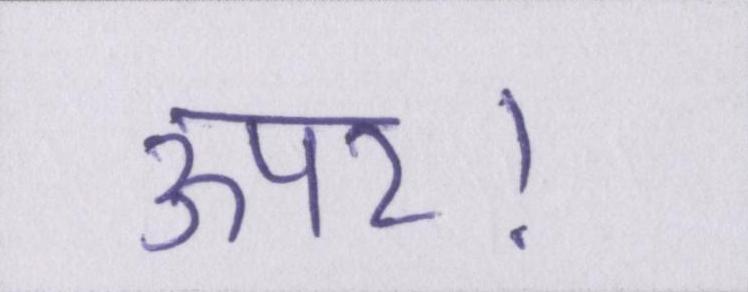
ऊपर।